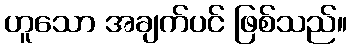
ဟူသော အချက်ပင် ဖြစ်သည်။